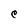
Character: C